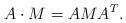
LaTeX: \begin{align*}A\cdot M=AMA^T.\end{align*}